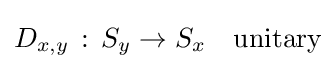
D_{x,y}\,:\,S_{y}\rightarrow S_{x}\quad {\text{unitary}}